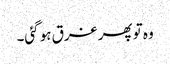
وہ تو پھر غرق ہو گئی۔